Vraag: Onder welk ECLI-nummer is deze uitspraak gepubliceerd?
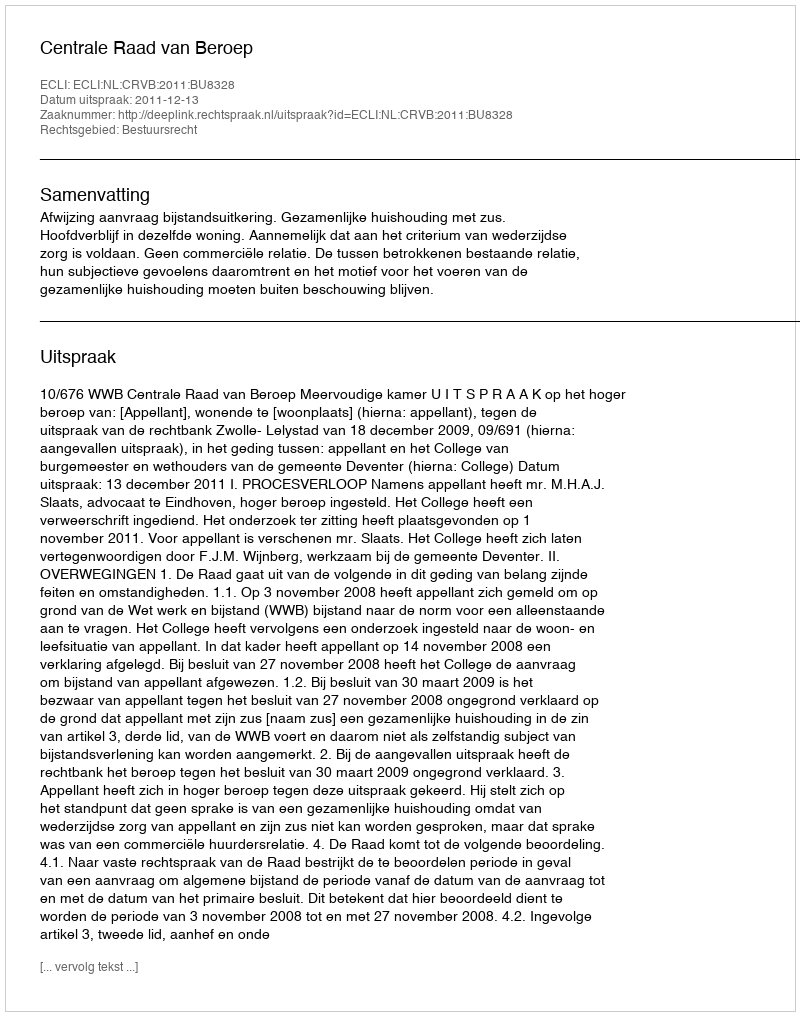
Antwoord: ECLI:NL:CRVB:2011:BU8328